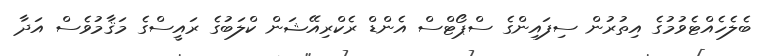
ބެލެހެއްޓެވުމުގެ އިތުރުން ސިފައިންގެ ސްޕޯޓްސް އެންޑް ރެކްރިއޭޝަން ކްލަބުގެ ރައީސްގެ މަޤާމުވެސް އަދާ